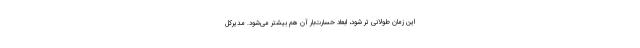
این زمان طولانی تر شود، ابعاد خسارت‌بار آن هم بیشتر می‌شود. مدیرکل